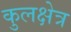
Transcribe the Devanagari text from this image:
कुलक्षेत्र